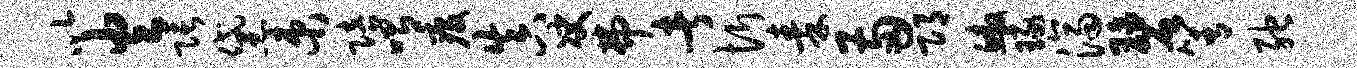
以火张黛束陪喟疫真决弗者忻秦两邛鳌琢济碧箐弛